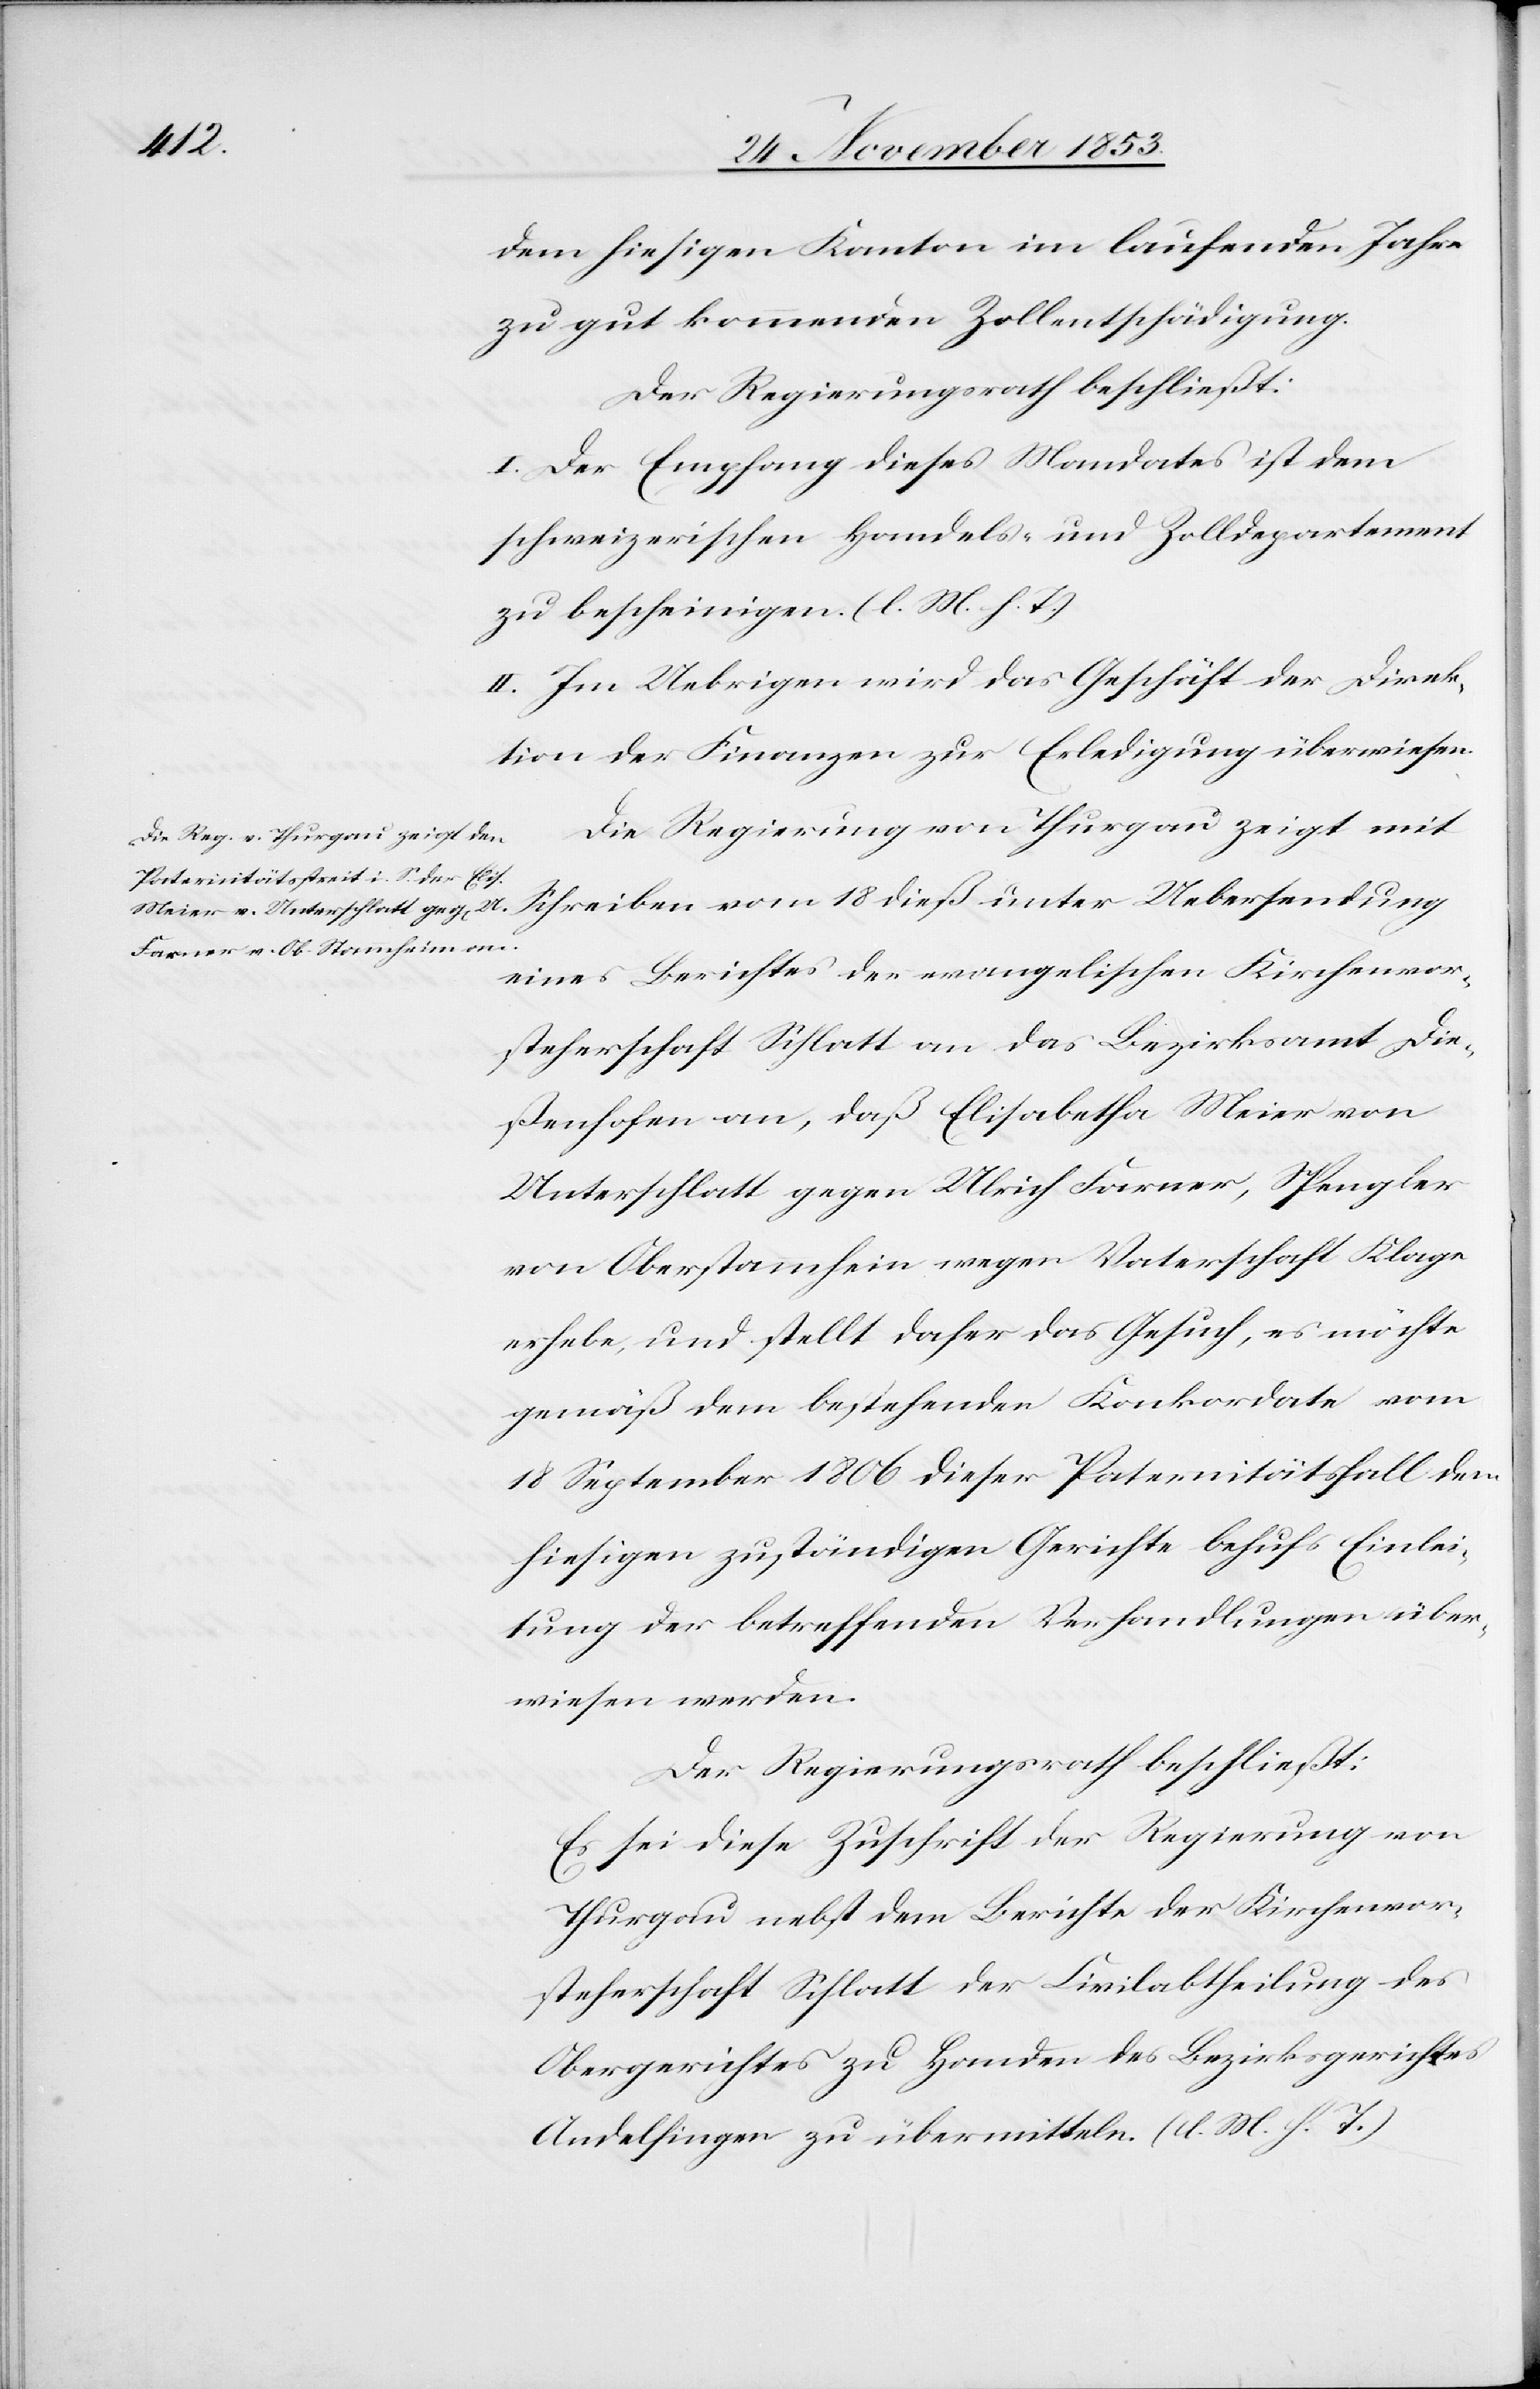
zu gut kommenden Zollentschädigung.
Der Regierungsrath beschließt:
I. Der Empfang dieses Mandates ist dem
schweizerischen Handels- und Zolldepartement
zu bescheinigen. [l. M. h. T]
II. Im Uebrigen wird das Geschäft der Direk¬
tion der Finanzen zur Erledigung überwiesen.
Die Regierung von Thurgau zeigt mit
Schreiben vom 18 dieß unter Uebersendung
eines Berichtes der evangelischen Kirchvor¬
steherschaft Schlatt an das Bezirksamt Die¬
ßenhofen an, daß Elisabetha Meier von
Unterschlatt gegen Ulrich Farner, Spengler
von Oberstammheim wegen Vaterschaft Klage
erhebe, und stellt daher das Gesuch, es möchte
gemäß dem bestehenden Konkordate vom
18 September 1806 dieser Paternitätsfall dem
hiesigen zuständigen Gerichte behufs Einlei¬
tung der betreffenden Verhandlungen über¬
wiesen werden.
Der Regierungsrath beschließt:
Es sei diese Zuschrift der Regierung von
Thurgau nebst dem Berichte der Kirchvor¬
steherschaft Schlatt der Civilabtheilung des
Obergerichtes zu Handen des Bezirksgerichtes
Andelfingen zu übermitteln [l. M. h. T]